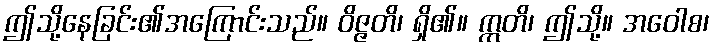
ဤသို့နေခြင်း၏အကြောင်းသည်။ ဝိဇ္ဇတိ၊ ရှိ၏။ ဣတိ၊ ဤသို့။ အဝေါစ၊